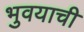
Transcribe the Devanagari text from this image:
भुवयाची